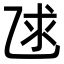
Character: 𫡨